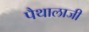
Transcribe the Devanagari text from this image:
पैथालाजी